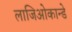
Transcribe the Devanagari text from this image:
लाजिओकान्डे